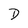
Character: D